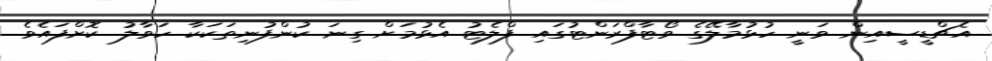
އެޗްޑީސީއިން ވަނީ ހުޅުމާލޭގެ ވޯޓާފްރަންޓުގައި ފްލެޓު އެޅުމަށް ގިނަ ކުންފުނިތަކަކާ ހަވާލު ކޮށްފައެވެ.